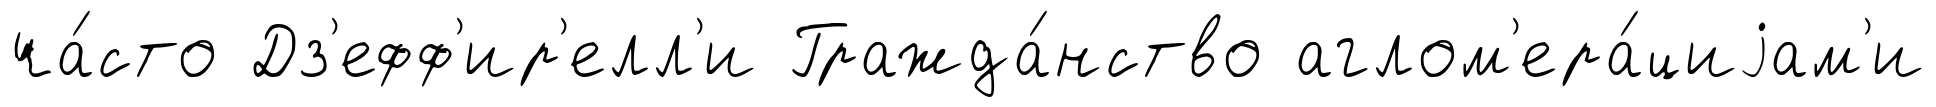
ча́сто Дз'ефф'ир'елл'и Гражда́нство аглом'ера́циjам'и